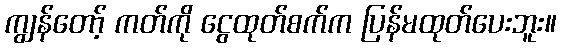
ကျွန်တော့် ကတ်ကို ငွေထုတ်စက်က ပြန်မထုတ်ပေးဘူး။